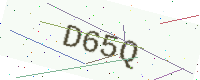
Text: D65Q